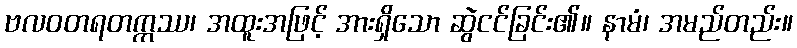
ဗလဝတရတက္ကဿ၊ အထူးအဖြင့် အားရှိသော ဆွဲငင်ခြင်း၏။ နာမံ၊ အမည်တည်း။